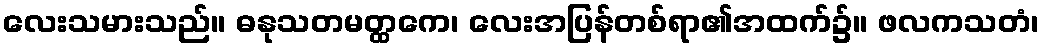
လေးသမားသည်။ ဓနုသတမတ္ထကေ၊ လေးအပြန်တစ်ရာ၏အထက်၌။ ဖလကသတံ၊